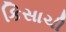
કિસાચી